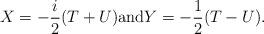
LaTeX: \begin{align*} X = -\frac i2(T+U) \mbox{and} Y = -\frac 12(T - U).\end{align*}